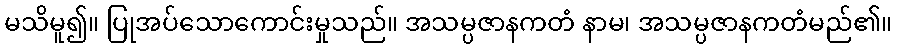
မသိမူ၍။ ပြုအပ်သောကောင်းမှုသည်။ အသမ္ပဇာနကတံ နာမ၊ အသမ္ပဇာနကတံမည်၏။